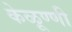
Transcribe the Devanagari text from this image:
केळूण्णी